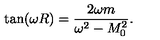
\tan ( \omega R ) = \frac { 2 \omega m } { \omega ^ { 2 } - M _ { 0 } ^ { 2 } } { . }